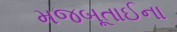
મજબૂતાઈના